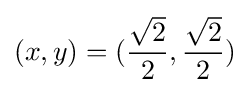
(x,y)=({\frac {\sqrt {2}}{2}},{\frac {\sqrt {2}}{2}})